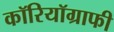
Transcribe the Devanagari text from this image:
कॉरियॉग्राफी